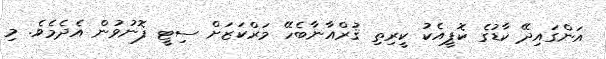
އަންގައިދޭ ކާޑުގެ ކޮޕީއެކު ކީރިތި ޤުރްއާނާބެހޭ މަރްކަޒަށް ސިޓީ ފޮނުވުން އެދެމެވެ. މި